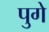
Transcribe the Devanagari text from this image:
पुगे